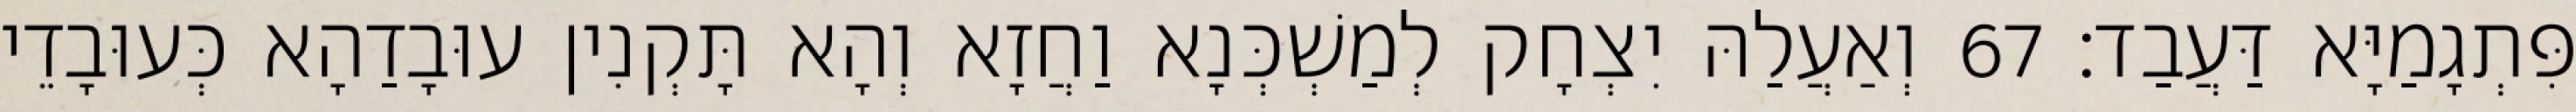
פִּתְגָמַיָּא דַּעֲבַד׃ 67 וְאַעֲלַהּ יִצְחָק לְמַשְׁכְּנָא וַחֲזָא וְהָא תָּקְנִין עוּבָדַהָא כְּעוּבָדֵי